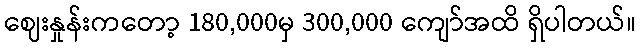
ဈေးနှုန်းကတော့ 180,000မှ 300,000 ကျော်အထိ ရှိပါတယ်။